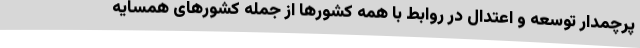
پرچمدار توسعه و اعتدال در روابط با همه کشورها از جمله کشورهای همسایه